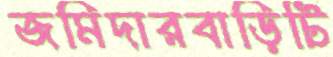
জমিদারবাড়িটি